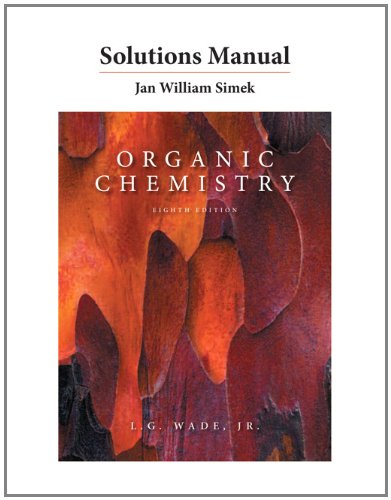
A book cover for Solutions Manual for Organic Chemistry; Leroy G. Wade; Science & Math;